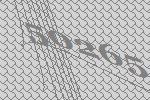
50265